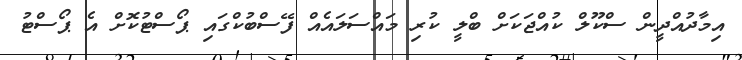
އިމާދުއްދީން ސްކޫލް ކުއްޖަަަކަށް ބްލީ ކުރި މައްސަލައެއް ފޭސްބުކްގައި ޕޯސްޓުކޮށް އެ ޕޯސްޓު